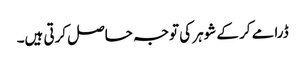
ڈرامے کر کے شوہر کی توجہ حاصل کرتی ہیں۔